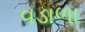
વડાળા